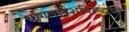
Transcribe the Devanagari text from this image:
बांगलादेशविरुद्धची